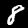
Label: 8